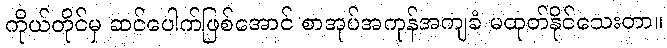
ကိုယ်တိုင်မှ ဆင်ပေါက်ဖြစ်အောင် စာအုပ်အကုန်အကျခံ မထုတ်နိုင်သေးတာ။